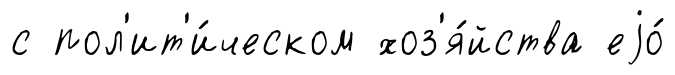
с пол'ит'и́ческом хоз'я́йства еjо́